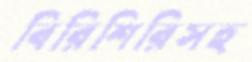
বিরিশিরিসহ